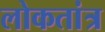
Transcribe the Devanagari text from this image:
लोकतांत्र